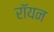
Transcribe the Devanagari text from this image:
रॉयन